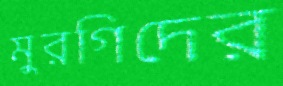
মুরগিদের